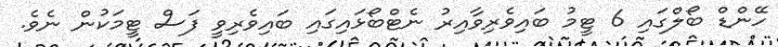
ހޭންޑް ބޯލްގައި 6 ޓީމު ބައިވެރިވާއިރު ނެޓްބޯޅައިގައި ބައިވެރިވީ ފަސް ޓީމަކުން ނެވެ.